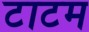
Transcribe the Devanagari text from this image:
टाटम